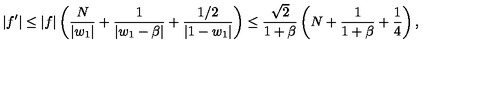
| f ^ { \prime } | \leq | f | \left( { \frac { N } { | w _ { 1 } | } } + { \frac { 1 } { | w _ { 1 } - \beta | } } + { \frac { 1 / 2 } { | 1 - w _ { 1 } | } } \right) \leq { \frac { \sqrt { 2 } } { 1 + \beta } } \left( N + { \frac { 1 } { 1 + \beta } } + { \frac { 1 } { 4 } } \right) ,